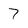
Character: 7